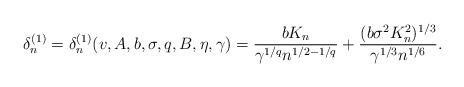
LaTeX: \begin{align*}\delta_{n}^{(1)} = \delta_{n}^{(1)} (v,A,b,\sigma,q,B,\eta,\gamma) = \frac{b K_n}{\gamma^{1/q} n^{1/2-1/q}}+\frac{(b \sigma^2 K_n^2)^{1/3}}{\gamma^{1/3}n^{1/6}}.\end{align*}